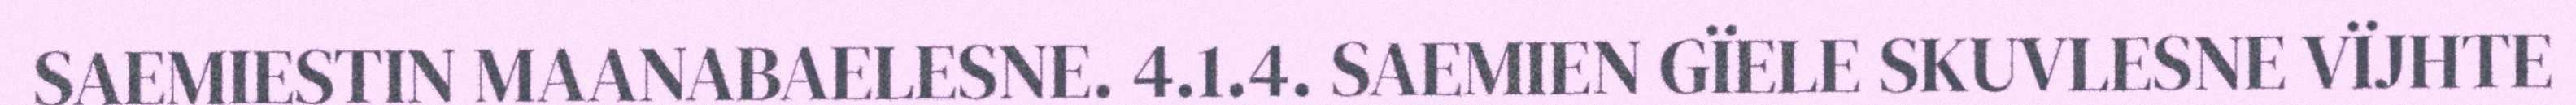
SAEMIESTIN MAANABAELESNE. 4.1.4. SAEMIEN GÏELE SKUVLESNE VÏJHTE